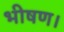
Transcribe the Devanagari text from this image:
भीषण।